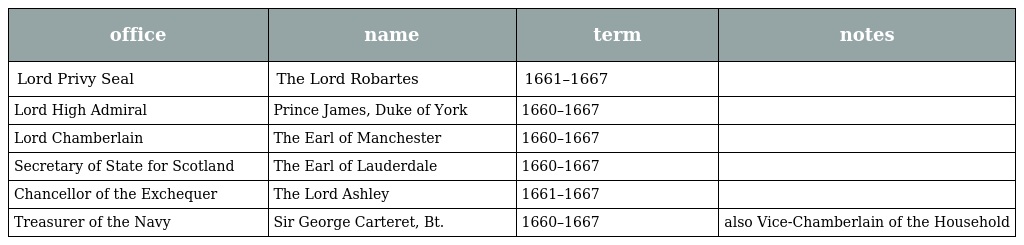
| office | name | term | notes |
 | --- | --- | --- | --- |
 | Lord Privy Seal | The Lord Robartes | 1661–1667 |  |
 | Lord High Admiral | Prince James, Duke of York | 1660–1667 |  |
 | Lord Chamberlain | The Earl of Manchester | 1660–1667 |  |
 | Secretary of State for Scotland | The Earl of Lauderdale | 1660–1667 |  |
 | Chancellor of the Exchequer | The Lord Ashley | 1661–1667 |  |
 | Treasurer of the Navy | Sir George Carteret, Bt. | 1660–1667 | also Vice-Chamberlain of the Household |